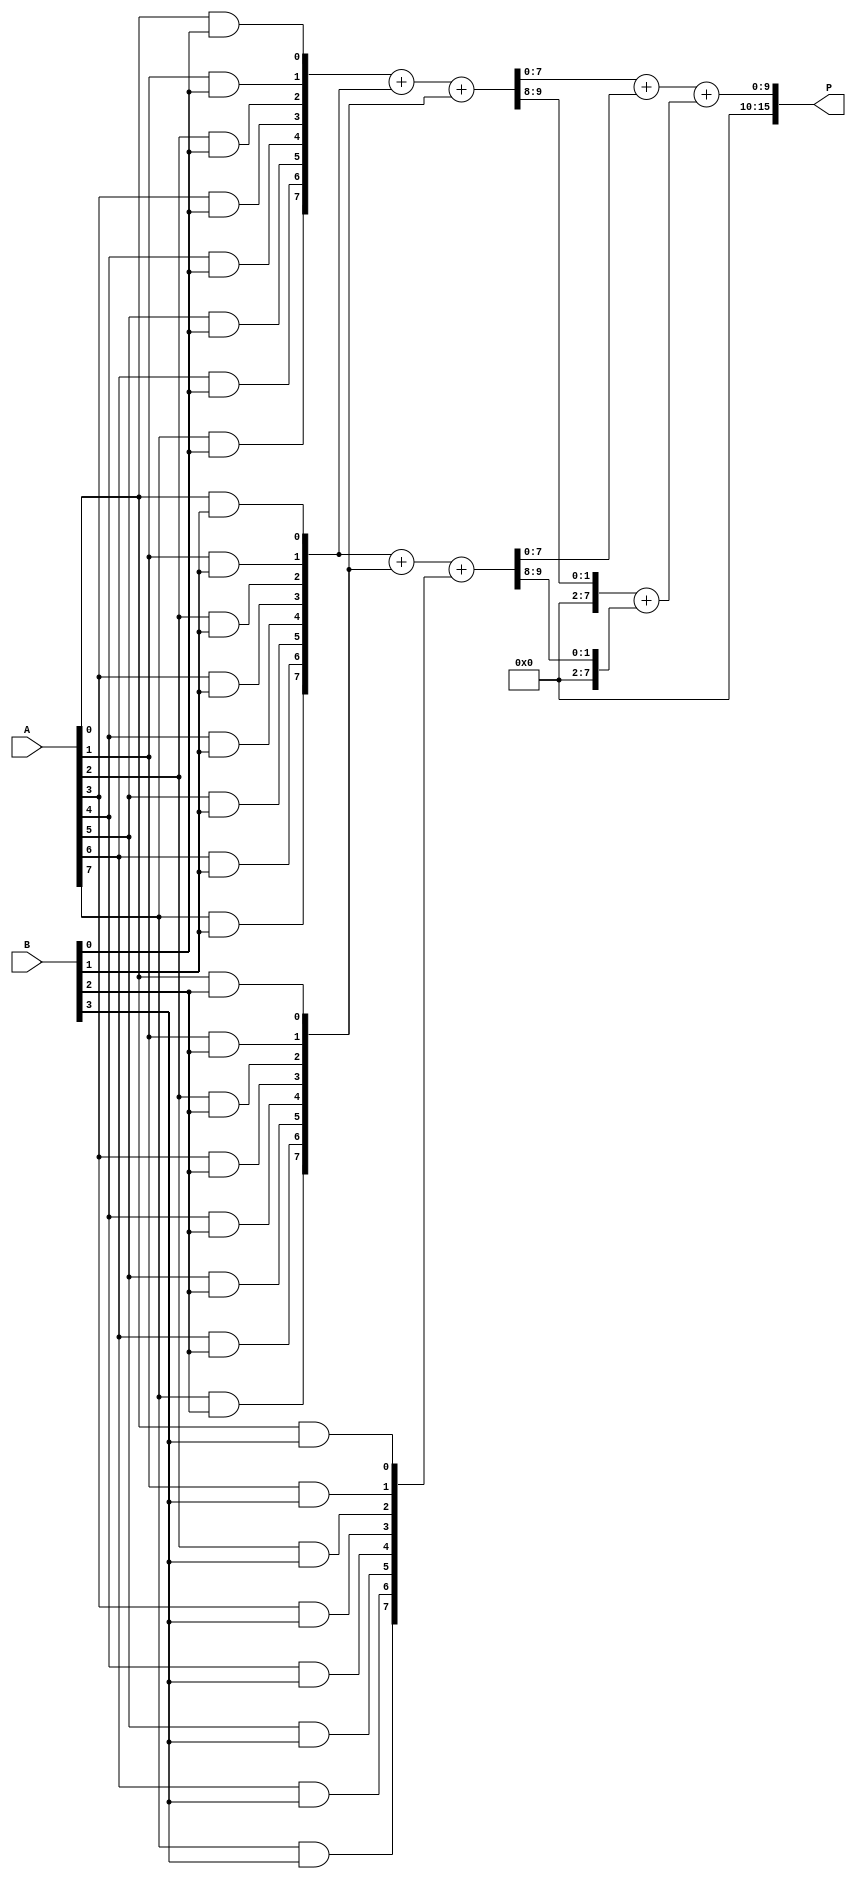
module WallaceTreeMultiplier #(parameter N = 8) (
    input  [N-1:0] A,  // Multiplicand
    input  [N-1:0] B,  // Multiplier
    output [2*N-1:0] P // Product
);
    // Intermediate wires for partial products
    wire [N-1:0] pp [0:N-1]; // Partial products

    // Generate Partial Products
    genvar i, j;
    generate
        for (i = 0; i < N; i = i + 1) begin : pp_gen
            for (j = 0; j < N; j = j + 1) begin : pp_bit
                assign pp[i][j] = A[j] & B[i]; // AND operation
            end
        end
    endgenerate

    // Carry-Save Adder (CSA) for Wallace Tree Reduction
    wire [N-1:0] sum [0:N-1]; // Sum outputs from CSAs
    wire [N-1:0] carry [0:N-1]; // Carry outputs from CSAs

    // Wallace Tree Reduction
    generate
        for (i = 0; i < N; i = i + 1) begin : wallace_tree
            if (i < N-1) begin
                // Grouping bits into sets of three
                assign {carry[i], sum[i]} = pp[i] + pp[i+1] + pp[i+2];
            end else begin
                assign {carry[i], sum[i]} = pp[i] + pp[i+1];
            end
        end
    endgenerate

    // Final Carry Propagation Adder
    wire [2*N-1:0] final_sum;
    wire [2*N-1:0] final_carry;

    // Using a simple binary adder for final addition
    assign final_sum = sum[0] + sum[1];
    assign final_carry = carry[0] + carry[1];

    // Final Product Assignment
    assign P = final_sum + final_carry;

endmodule